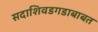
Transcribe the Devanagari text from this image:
सदाशिवडगडाबाबत